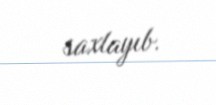
saxlayıb.